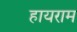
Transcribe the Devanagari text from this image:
हायराम